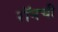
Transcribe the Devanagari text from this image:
रॉनची